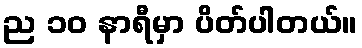
ည ၁၀ နာရီမှာ ပိတ်ပါတယ်။